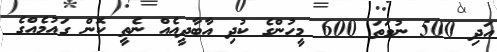
އަދި 500 ނުވަތަ 600 މީހުންގެ ކުދި އާބާދީއެއް ނެތީ ކޮން ގައުމެއްގެ